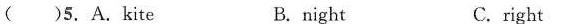
( )5. A.Kite B. night C.right